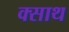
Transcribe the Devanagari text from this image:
क्साथ